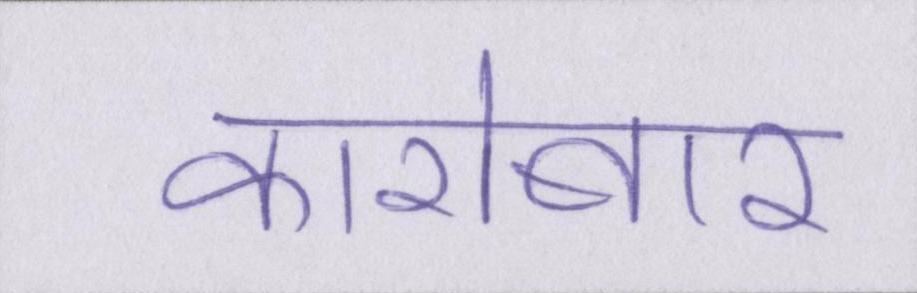
कारोबार